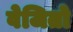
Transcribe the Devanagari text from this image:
वेजितो